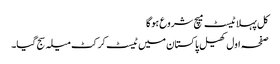
کل پہلا ٹیسٹ میچ شروع ہوگا
صفحہ اول کھیل پاکستان میں ٹیسٹ کرکٹ میلہ سج گیا۔